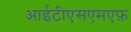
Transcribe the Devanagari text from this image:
आईटीएसएमएफ़